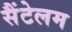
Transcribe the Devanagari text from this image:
सैंटेलम